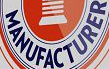
MANUFACTURER